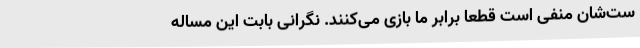
ست‌شان منفی است قطعا برابر ما بازی می‌کنند. نگرانی‌ بابت این مساله